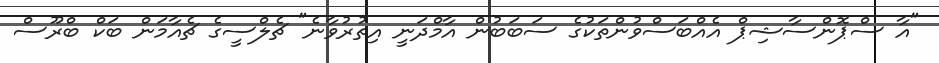
"އާ ސްޕޮންސާޝިޕް އެއްބަސްވުންތަކުގެ ސަބަބުން އާމްދަނީ އިތުރުވާނެ" ޗެލްސީގެ ޗެއާމަން ބަކް ބްރޫސް